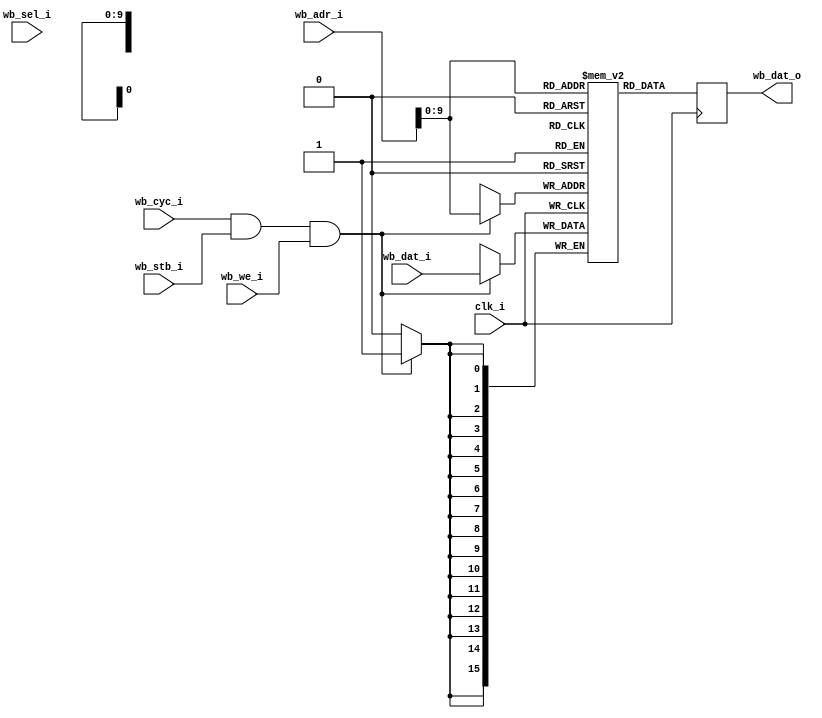
/*
 * Milkymist SoC
 * Copyright (C) 2007, 2008, 2009 Sebastien Bourdeauducq
 * Copyright (C) 2011 CERN
 *
 * This program is free software: you can redistribute it and/or modify
 * it under the terms of the GNU General Public License as published by
 * the Free Software Foundation, version 3 of the License.
 *
 * This program is distributed in the hope that it will be useful,
 * but WITHOUT ANY WARRANTY; without even the implied warranty of
 * MERCHANTABILITY or FITNESS FOR A PARTICULAR PURPOSE.  See the
 * GNU General Public License for more details.
 *
 * You should have received a copy of the GNU General Public License
 * along with this program.  If not, see <http://www.gnu.org/licenses/>.
 */

//-----------------------------------------------------------------
// Wishbone BlockRAM
//-----------------------------------------------------------------

module wb_bram #(
	parameter mem_file_name = "none",
	parameter adr_width = 10
) (
	input             clk_i, 
	//
	input             wb_stb_i,
	input             wb_cyc_i,
	input             wb_we_i,
	input      [13:0] wb_adr_i,
	output reg [15:0] wb_dat_o,
	input      [15:0] wb_dat_i,
	input      [ 1:0] wb_sel_i
);

//-----------------------------------------------------------------
//
//-----------------------------------------------------------------
parameter word_depth = (1 << adr_width);

//-----------------------------------------------------------------
// 
//-----------------------------------------------------------------


wire ram0we;
reg  [15:0] ram [0:word_depth-1];    // actual RAM

assign ram0we = wb_cyc_i & wb_stb_i & wb_we_i;

always @(posedge clk_i)
begin
      if (ram0we) begin
        ram[ wb_adr_i ] <= wb_dat_i;
      end
      wb_dat_o <= ram[ wb_adr_i ];
end

initial 
begin
	if (mem_file_name != "none")
	begin
		$readmemh(mem_file_name, ram);
	end
end

endmodule